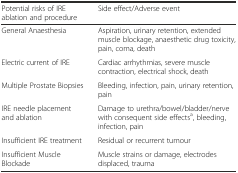
<table><thead><tr><td><b>Potential risks of IRE ablation and procedure</b></td><td><b>Side effect/Adverse event</b></td></tr></thead><tbody><tr><td>General Anaesthesia</td><td>Aspiration, urinary retention, extended muscle blockage, anaesthetic drug toxicity, pain, coma, death</td></tr><tr><td>Electric current of IRE</td><td>Cardiac arrhythmias, severe muscle contraction, electrical shock, death</td></tr><tr><td>Multiple Prostate Biopsies</td><td>Bleeding, infection, pain, urinary retention, pain</td></tr><tr><td>IRE needle placement and ablation</td><td>Damage to urethra/bowel/bladder/nerve with consequent side effects<sup>a</sup>, bleeding, infection, pain</td></tr><tr><td>Insufficient IRE treatment</td><td>Residual or recurrent tumour</td></tr><tr><td>Insufficient Muscle Blockade</td><td>Muscle strains or damage, electrodes displaced, trauma</td></tr></tbody></table>